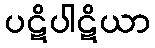
ပဋိပါဋိယာ